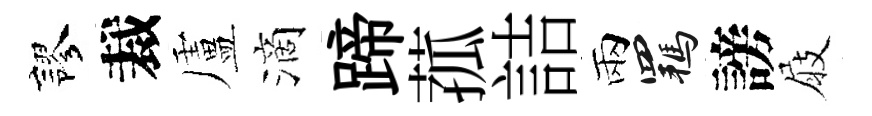
謬裁盧滴蹄菰詰兩羈謗屐